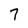
Character: 7